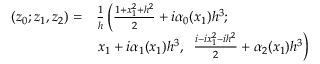
\begin{array} { r l } { { ( z _ { 0 } ; z _ { 1 } , z _ { 2 } ) = } } & { { { \frac { 1 } { h } } \left( { \frac { 1 + x _ { 1 } ^ { 2 } + h ^ { 2 } } { 2 } } + i \alpha _ { 0 } ( x _ { 1 } ) h ^ { 3 } ; \right. } } \\ { { } } & { { \left. x _ { 1 } + i \alpha _ { 1 } ( x _ { 1 } ) h ^ { 3 } , \; \; { \frac { i - i x _ { 1 } ^ { 2 } - i h ^ { 2 } } { 2 } } + \alpha _ { 2 } ( x _ { 1 } ) h ^ { 3 } \right) } } \end{array}